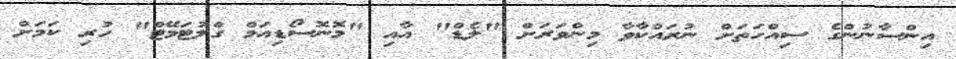
އިންސާނުންގެ ސިއްހަތަށް ނުރައްކާވާ މިންވަރަށް "ލެޑް" އާއި "މޮނޮސޯޑިއަމް ގްލުޓަމޭޓް" ހުރި ކަމަށް